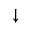
\downarrow